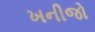
ખનીજો